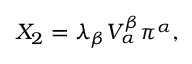
X _ { 2 } = \lambda _ { \beta } V _ { \alpha } ^ { \beta } \pi ^ { \alpha } ,